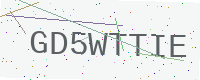
Text: GD5WTTIE